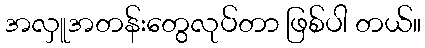
အလှူအတန်းတွေလုပ်တာ ဖြစ်ပါ တယ်။